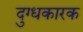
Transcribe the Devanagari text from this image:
दुग्धकारक